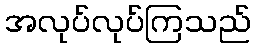
အလုပ်လုပ်ကြသည်